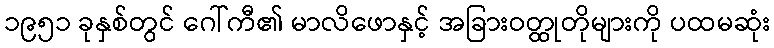
၁၉၅၁ ခုနှစ်တွင် ဂေါ်ကီ၏ မာလိဖောနှင့် အခြားဝတ္ထုတိုများကို ပထမဆုံး